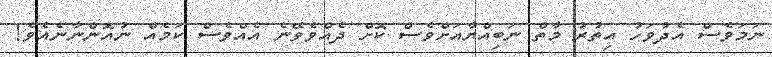
ނަމަވެސް އެދުވަހު އިތުރު މާތް ނަބިއްޔާއަށްވެސް ކޮށް ދެއްވެވޭނެ އެއްވެސް ކަމެއް ނުއޮންނާނެއެވެ!